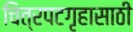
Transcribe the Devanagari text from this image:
चित्रपटगृहासाठी